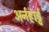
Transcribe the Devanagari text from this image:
अर्नहार्ड्ट